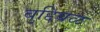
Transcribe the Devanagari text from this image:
बुद्दिबळ